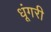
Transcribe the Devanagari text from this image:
धूंगरी